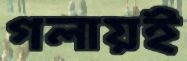
গলায়ই